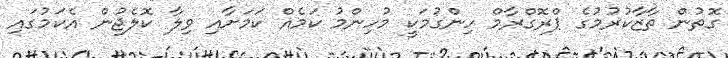
ގޮތުން ތާޒާކުރުމުގެ ޕްރޮގްރާމް ހިންގުމަކީ މުހިންމު ކަމެއް ކަމަށާއި ވިލާ ކޮލެޖުން އެކަމުގައި